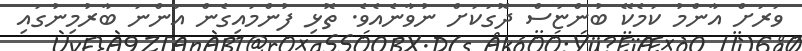
ވަރަށް އާންމު ކަމެކޭ ބުންޏަސް ދޮގަކަށް ނުވާނެއެވެ. ތޮޅި ފުންމައިގެން އަންނަ ބާރުމިނުގައި